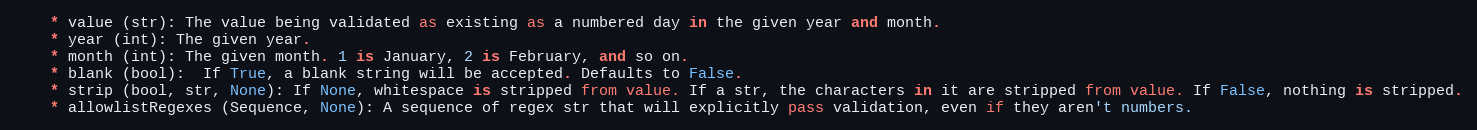
Language: Python
    * value (str): The value being validated as existing as a numbered day in the given year and month.
    * year (int): The given year.
    * month (int): The given month. 1 is January, 2 is February, and so on.
    * blank (bool):  If True, a blank string will be accepted. Defaults to False.
    * strip (bool, str, None): If None, whitespace is stripped from value. If a str, the characters in it are stripped from value. If False, nothing is stripped.
    * allowlistRegexes (Sequence, None): A sequence of regex str that will explicitly pass validation, even if they aren't numbers.